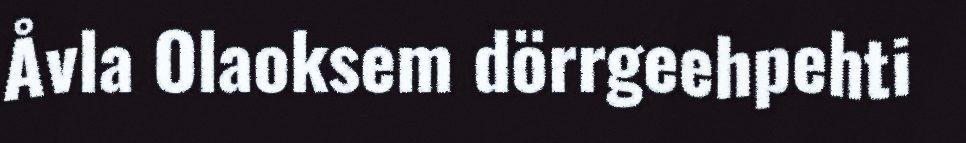
Åvla Olaoksem dörrgeehpehti